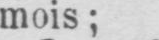
mois;